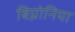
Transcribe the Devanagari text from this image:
बिग्नोनिया